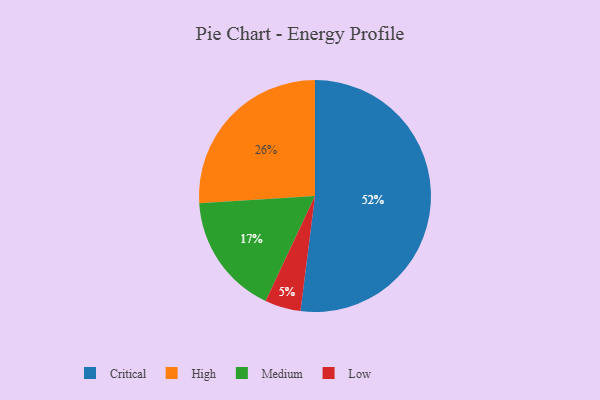
{"axis": {"x": "Category", "y": "Percentage"}, "legend": ["Critical", "High", "Low", "Medium"], "data": [{"x": "Critical", "y": 52, "type": "Critical"}, {"x": "High", "y": 26, "type": "High"}, {"x": "Low", "y": 5, "type": "Low"}, {"x": "Medium", "y": 17, "type": "Medium"}]}